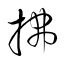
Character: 拂